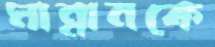
মান্নানকে